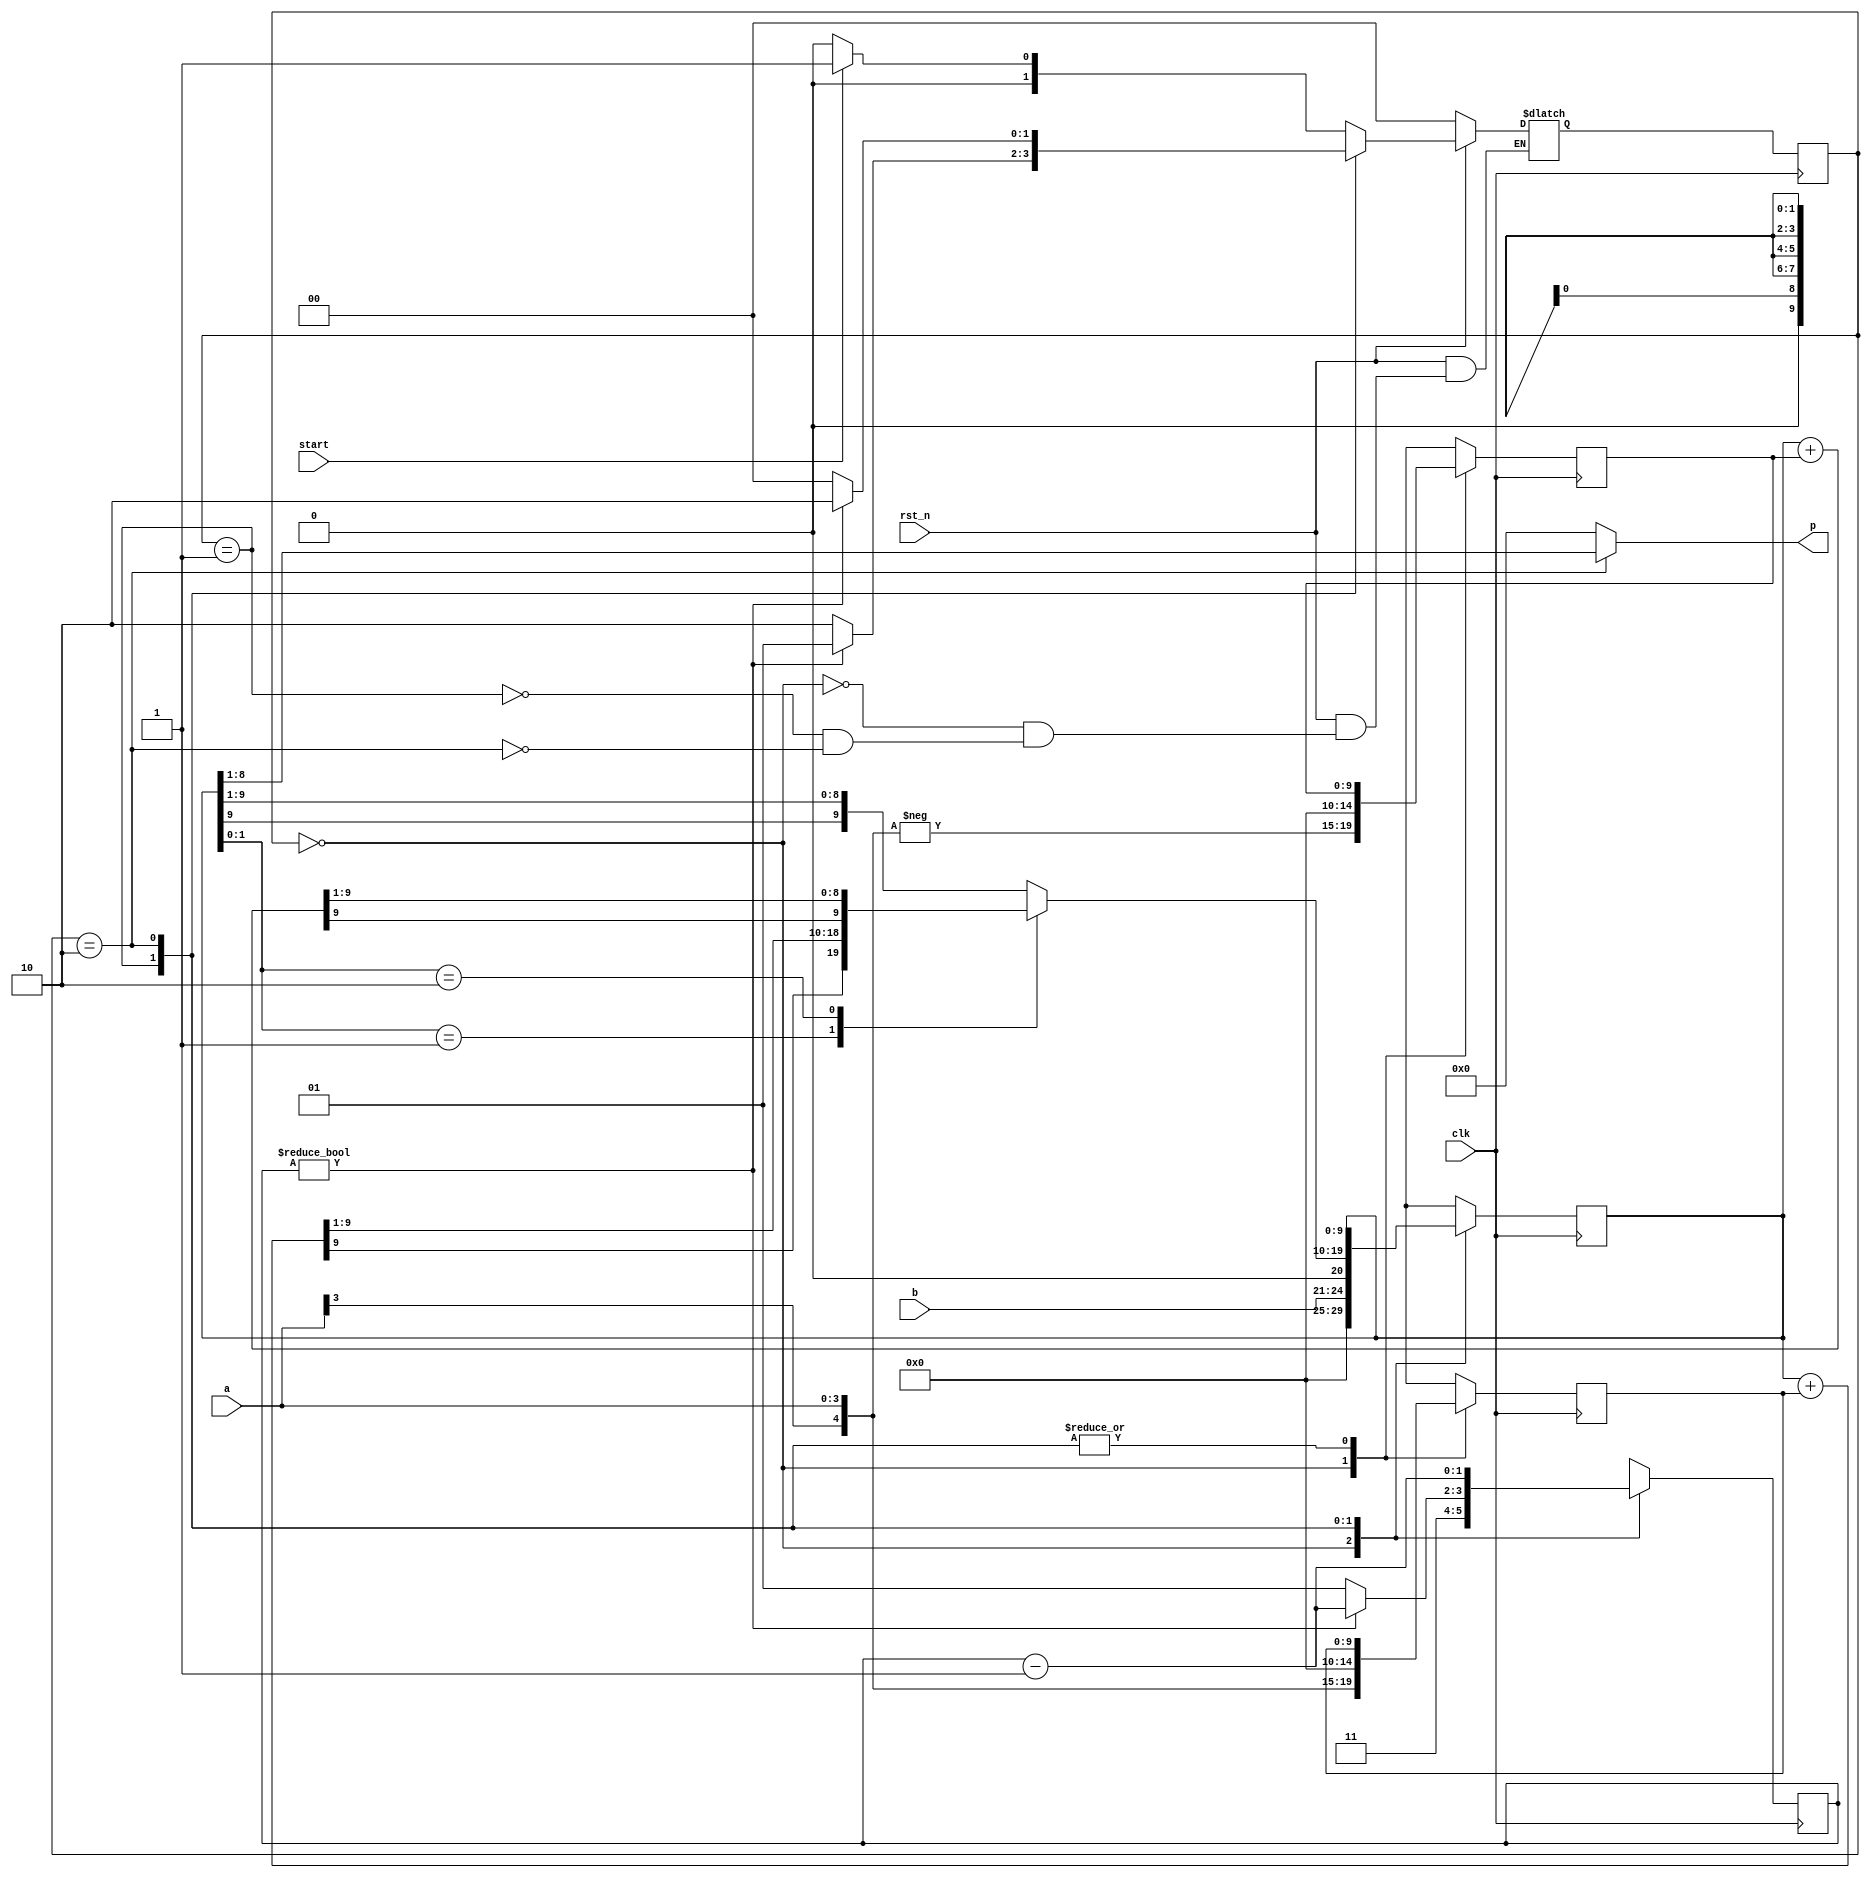
`timescale 1ns/1ps 

module Booth_Multiplier_4bit(clk, rst_n, start, a, b, p);
input clk;
input rst_n; 
input start;
input signed [3:0] a, b;
output reg signed [7:0] p;

wire [4:0] A = a;

localparam WAIT = 2'd0, CAL = 2'd1, FINISH = 2'd2;
reg [1:0] state, next_state, cnt, next_cnt;

// Combinatorial Circuit

reg signed [9:0] add, sub, prod, next_add, next_sub, next_prod;
always @(*)
    case (state)
        WAIT: begin
            next_add = {A, 5'd0};
            next_sub = {-A, 5'd0};
            next_prod = {1'd0, b, 1'd0};
            next_cnt = 2'd3;
        end
        CAL: begin
            next_add = add;
            next_sub = sub;
            case (prod[1:0])
                2'b01: next_prod = prod + add >>> 1;
                2'b10: next_prod = prod + sub >>> 1;
                default: next_prod = prod >>> 1;
            endcase
            next_cnt = cnt ? cnt - 2'b1 : 2'b1;
        end
        FINISH: begin
            next_add = add;
            next_sub = sub;
            next_prod = prod;
            next_cnt = cnt - 2'b1;
        end
        default: begin
            next_add = 9'bx;
            next_sub = 9'bx;
            next_prod = 9'bx;
            next_cnt = 2'bx;
        end
    endcase

// Next State Logic

always @(*)
    if (rst_n)
        case (state)
            WAIT:   next_state = start ? CAL : WAIT;
            CAL:    next_state = cnt ? CAL : FINISH;
            FINISH: next_state = cnt ? FINISH : WAIT;
        endcase
    else
        next_state = WAIT;

// Output Logic

always @(*)
    if (state == FINISH)
        p = prod[8:1];
    else
        p = 8'd0;
// MISC

always @(posedge clk) begin
    state <= next_state;
    add <= next_add;
    sub <= next_sub;
    prod <= next_prod;
    cnt <= next_cnt;
end

endmodule